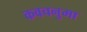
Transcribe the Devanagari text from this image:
कवचनुमा